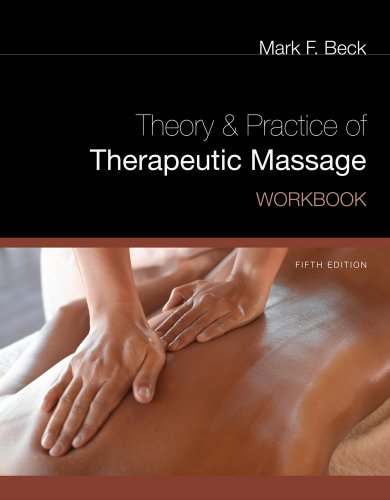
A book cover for Workbook for Beck's Theory and Practice of Therapeutic Massage, 5th; Mark F. Beck; Medical Books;